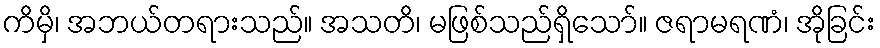
ကိမှိ၊ အဘယ်တရားသည်။ အသတိ၊ မဖြစ်သည်ရှိသော်။ ဇရာမရဏံ၊ အိုခြင်း